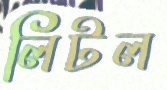
লিটল